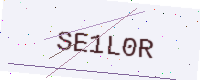
Text: SE1L0R